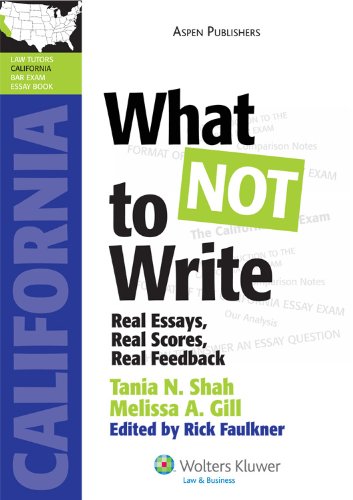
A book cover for What NOT to Write: Real Essays, Real Scores, Real Feedback (California Edition) (Lawtutors California Bar Exam Essay Book); Melissa A. Gill Tania N. Shah; Test Preparation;